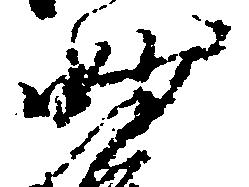
妙